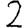
Digit: 2